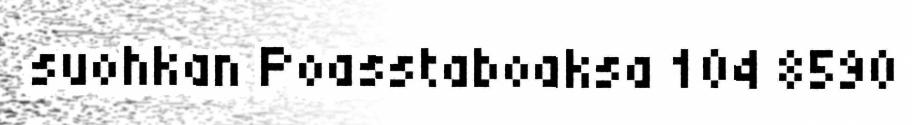
suohkan Poasstaboaksa 104 8590